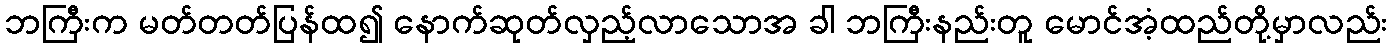
ဘကြီးက မတ်တတ်ပြန်ထ၍ နောက်ဆုတ်လှည့်လာသောအ ခါ ဘကြီးနည်းတူ မောင်အံ့ထည်တို့မှာလည်း